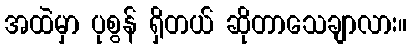
အထဲမှာ ပုစွန် ရှိတယ် ဆိုတာသေချာလား။